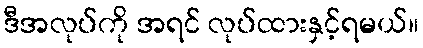
ဒီအလုပ်ကို အရင် လုပ်ထားနှင့်ရမယ်။